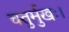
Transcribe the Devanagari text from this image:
चतुर्मुखः।